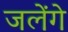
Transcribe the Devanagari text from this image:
जलेंगे